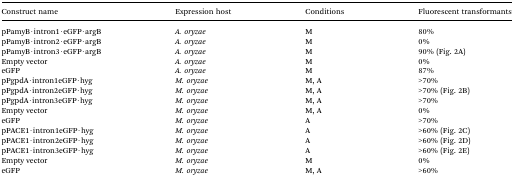
<table><thead><tr><td><b>Construct name</b></td><td><b>Expression host</b></td><td><b>Conditions</b></td><td><b>Fluorescent transformants</b></td></tr></thead><tbody><tr><td>pPamyB·intron1·eGFP·argB</td><td><i>A. oryzae</i></td><td>M</td><td>80%</td></tr><tr><td>pPamyB·intron2·eGFP·argB</td><td><i>A. oryzae</i></td><td>M</td><td>0%</td></tr><tr><td>pPamyB·intron3·eGFP·argB</td><td><i>A. oryzae</i></td><td>M</td><td>90% (Fig. 2A)</td></tr><tr><td>Empty vector</td><td><i>A. oryzae</i></td><td>M</td><td>0%</td></tr><tr><td>eGFP</td><td><i>A. oryzae</i></td><td>M</td><td>87%</td></tr><tr><td>pPgpdA·intron1eGFP·hyg</td><td><i>M. oryzae</i></td><td>M, A</td><td>&gt;70%</td></tr><tr><td>pPgpdA·intron2eGFP·hyg</td><td><i>M. oryzae</i></td><td>M, A</td><td>&gt;70% (Fig. 2B)</td></tr><tr><td>pPgpdA·intron3eGFP·hyg</td><td><i>M. oryzae</i></td><td>M, A</td><td>&gt;70%</td></tr><tr><td>Empty vector</td><td><i>M. oryzae</i></td><td>M, A</td><td>0%</td></tr><tr><td>eGFP</td><td><i>M. oryzae</i></td><td>A</td><td>&gt;70%</td></tr><tr><td>pPACE1·intron1eGFP·hyg</td><td><i>M. oryzae</i></td><td>A</td><td>&gt;60% (Fig. 2C)</td></tr><tr><td>pPACE1·intron2eGFP·hyg</td><td><i>M. oryzae</i></td><td>A</td><td>&gt;60% (Fig. 2D)</td></tr><tr><td>pPACE1·intron3eGFP·hyg</td><td><i>M. oryzae</i></td><td>A</td><td>&gt;60% (Fig. 2E)</td></tr><tr><td>Empty vector</td><td><i>M. oryzae</i></td><td>M</td><td>0%</td></tr><tr><td>eGFP</td><td><i>M. oryzae</i></td><td>M, A</td><td>&gt;60%</td></tr></tbody></table>